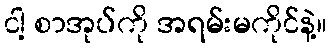
ငါ့ စာအုပ်ကို အရမ်းမကိုင်နဲ့။